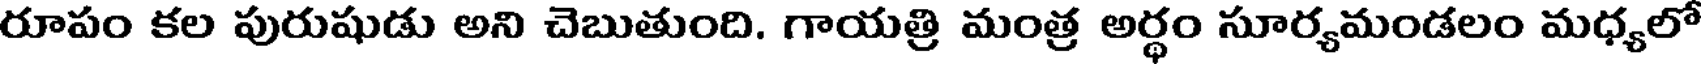
రూపం కల పురుషుడు అని చెబుతుంది. గాయత్రి మంత్ర అర్థం సూర్యమండలం మధ్యలో